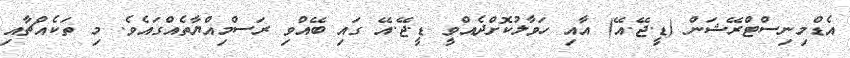
އެޑްމިނިސްޓްރޭޝަން (ޑީ.ޖޭ.އޭ) އާއި ހަވާލުކޮށްދެއްވީ ޑީ.ޖޭ.އޭ ގައި ބޭއްވި ރަސްމިއްޔާތެއްގައެވެ. މި ތަކެއްޗާއި